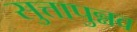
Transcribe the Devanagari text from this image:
सुत्तापुन्नव